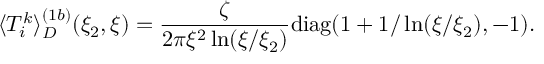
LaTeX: \langle T _ { i } ^ { k } \rangle _ { D } ^ { ( 1 b ) } ( \xi _ { 2 } , \xi ) = \frac { \zeta } { 2 \pi \xi ^ { 2 } \ln ( \xi / \xi _ { 2 } ) } { \mathrm { d i a g } } ( 1 + 1 / \ln ( \xi / \xi _ { 2 } ) , - 1 ) .